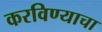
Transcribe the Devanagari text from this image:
करविण्याचा